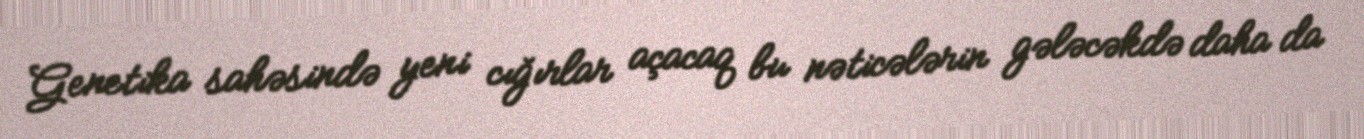
Genetika sahəsində yeni cığırlar açacaq bu nəticələrin gələcəkdə daha da